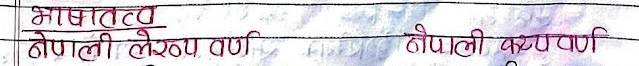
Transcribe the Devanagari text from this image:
भाषातत्व
नेपाली लेखापर्ण नेपाली कय्यपर्ण